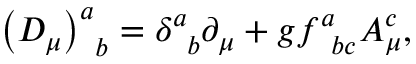
\left( D _ { \mu } \right) _ { \; \; b } ^ { a } = \delta _ { \; \; b } ^ { a } \partial _ { \mu } + g f _ { \; \; b c } ^ { a } A _ { \mu } ^ { c } ,